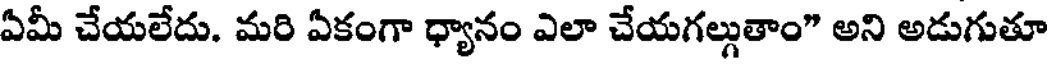
ఏమీ చేయలేదు. మరి ఏకంగా ధ్యానం ఎలా చేయగల్గుతాం" అని అడుగుతూ